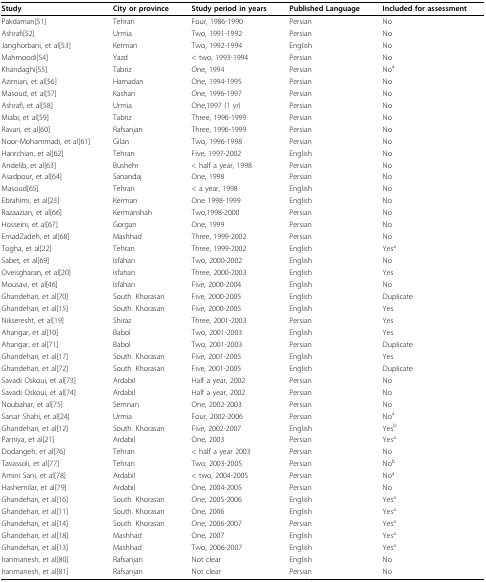
<table><thead><tr><td><b>Study</b></td><td><b>City or province</b></td><td><b>Study period in years</b></td><td><b>Published Language</b></td><td><b>Included for assessment</b></td></tr></thead><tbody><tr><td>Pakdaman[51]</td><td>Tehran</td><td>Four, 1986-1990</td><td>Persian</td><td>No</td></tr><tr><td>Ashrafi[52]</td><td>Urmia</td><td>Two, 1991-1992</td><td>Persian</td><td>No</td></tr><tr><td>Janghorbani, et al[53]</td><td>Kerman</td><td>Two, 1992-1994</td><td>English</td><td>No</td></tr><tr><td>Mahmoodi[54]</td><td>Yazd</td><td>&lt; two, 1993-1994</td><td>Persian</td><td>No</td></tr><tr><td>Khandaghi[55]</td><td>Tabriz</td><td>One, 1994</td><td>Persian</td><td>No<sup>a</sup></td></tr><tr><td>Azimian, et al[56]</td><td>Hamadan</td><td>One, 1994-1995</td><td>Persian</td><td>No</td></tr><tr><td>Masoud, et al[57]</td><td>Kashan</td><td>One, 1996-1997</td><td>Persian</td><td>No</td></tr><tr><td>Ashrafi, et al[58]</td><td>Urmia</td><td>One,1997 (1 yr)</td><td>Persian</td><td>No</td></tr><tr><td>Miabi, et al[59]</td><td>Tabriz</td><td>Three, 1996-1999</td><td>Persian</td><td>No</td></tr><tr><td>Ravari, et al[60]</td><td>Rafsanjan</td><td>Three, 1996-1999</td><td>Persian</td><td>No</td></tr><tr><td>Noor-Mohammadi, et al[61]</td><td>Gilan</td><td>Two, 1996-1998</td><td>Persian</td><td>No</td></tr><tr><td>Harirchian, et al[62]</td><td>Tehran</td><td>Five, 1997-2002</td><td>English</td><td>No</td></tr><tr><td>Andelib, et al[63]</td><td>Bushehr</td><td>&lt; half a year, 1998</td><td>Persian</td><td>No</td></tr><tr><td>Asadpour, et al[64]</td><td>Sanandaj</td><td>One, 1998</td><td>Persian</td><td>No</td></tr><tr><td>Masoud[65]</td><td>Tehran</td><td>&lt; a year, 1998</td><td>English</td><td>No</td></tr><tr><td>Ebrahimi, et al[23]</td><td>Kerman</td><td>One 1998-1999</td><td>English</td><td>No</td></tr><tr><td>Razaazian, et al[66]</td><td>Kermanshah</td><td>Two,1998-2000</td><td>Persian</td><td>No</td></tr><tr><td>Hosseini, et al[67]</td><td>Gorgan</td><td>One, 1999</td><td>Persian</td><td>No</td></tr><tr><td>EmadZadeh, et al[68]</td><td>Mashhad</td><td>Three, 1999-2002</td><td>Persian</td><td>No</td></tr><tr><td>Togha, et al[22]</td><td>Tehran</td><td>Three, 1999-2002</td><td>English</td><td>Yes<sup>a</sup></td></tr><tr><td>Sabet, et al[69]</td><td>Isfahan</td><td>Two, 2000-2002</td><td>English</td><td>No</td></tr><tr><td>Oveisgharan, et al[20]</td><td>Isfahan</td><td>Three, 2000-2003</td><td>English</td><td>Yes</td></tr><tr><td>Mousavi, et al[46]</td><td>Isfahan</td><td>Five, 2000-2004</td><td>English</td><td>No</td></tr><tr><td>Ghandehari, et al[70]</td><td>South. Khorasan</td><td>Five, 2000-2005</td><td>English</td><td>Duplicate</td></tr><tr><td>Ghandehari, et al[15]</td><td>South. Khorasan</td><td>Five, 2000-2005</td><td>English</td><td>Yes</td></tr><tr><td>Nikseresht, et al[19]</td><td>Shiraz</td><td>Three, 2001-2003</td><td>Persian</td><td>Yes</td></tr><tr><td>Ahangar, et al[10]</td><td>Babol</td><td>Two, 2001-2003</td><td>English</td><td>Yes</td></tr><tr><td>Ahangar, et al[71]</td><td>Babol</td><td>Two, 2001-2003</td><td>Persian</td><td>Duplicate</td></tr><tr><td>Ghandehari, et al[17]</td><td>South. Khorasan</td><td>Five, 2001-2005</td><td>English</td><td>Yes</td></tr><tr><td>Ghandehari, et al[72]</td><td>South. Khorasan</td><td>Five, 2001-2005</td><td>English</td><td>Duplicate</td></tr><tr><td>Savadi Oskoui, et al[73]</td><td>Ardabil</td><td>Half a year, 2002</td><td>Persian</td><td>No</td></tr><tr><td>Savadi Oskoui, et al[74]</td><td>Ardabil</td><td>Half a year, 2002</td><td>Persian</td><td>No</td></tr><tr><td>Noubahar, et al[75]</td><td>Semnan</td><td>One, 2002-2003</td><td>Persian</td><td>No</td></tr><tr><td>Sarsar Shahi, et al[24]</td><td>Urmia</td><td>Four, 2002-2006</td><td>Persian</td><td>No<sup>a</sup></td></tr><tr><td>Ghandehari, et al[12]</td><td>South. Khorasan</td><td>Five, 2002-2007</td><td>English</td><td>Yes<sup>b</sup></td></tr><tr><td>Parniya, et al[21]</td><td>Ardabil</td><td>One, 2003</td><td>Persian</td><td>Yes<sup>a</sup></td></tr><tr><td>Dodangeh, et al[76]</td><td>Tehran</td><td>&lt; half a year 2003</td><td>Persian</td><td>No</td></tr><tr><td>Tavassoli, et al[77]</td><td>Tehran</td><td>Two, 2003-2005</td><td>Persian</td><td>No<sup>b</sup></td></tr><tr><td>Amini Sani, et al[78]</td><td>Ardabil</td><td>&lt; two, 2004-2005</td><td>Persian</td><td>No<sup>a</sup></td></tr><tr><td>Hashemilar, et al[79]</td><td>Ardabil</td><td>One, 2004-2005</td><td>Persian</td><td>No</td></tr><tr><td>Ghandehari, et al[16]</td><td>South. Khorasan</td><td>One, 2005-2006</td><td>English</td><td>Yes<sup>a</sup></td></tr><tr><td>Ghandehari, et al[11]</td><td>South. Khorasan</td><td>One, 2006</td><td>English</td><td>Yes<sup>a</sup></td></tr><tr><td>Ghandehari, et al[14]</td><td>South. Khorasan</td><td>One, 2006-2007</td><td>Persian</td><td>Yes<sup>a</sup></td></tr><tr><td>Ghandehari, et al[18]</td><td>Mashhad</td><td>One, 2007</td><td>English</td><td>Yes<sup>a</sup></td></tr><tr><td>Ghandehari, et al[13]</td><td>Mashhad</td><td>Two, 2006-2007</td><td>English</td><td>Yes<sup>a</sup></td></tr><tr><td>Iranmanesh, et al[80]</td><td>Rafsanjan</td><td>Not clear</td><td>English</td><td>No</td></tr><tr><td>Iranmanesh, et al[81]</td><td>Rafsanjan</td><td>Not clear</td><td>Persian</td><td>No</td></tr></tbody></table>